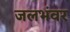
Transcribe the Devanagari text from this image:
जलभंवर